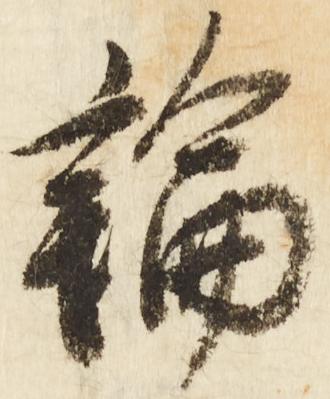
論